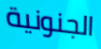
الجنونية